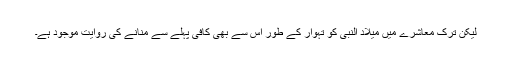
لیکن ترک معاشرے میں میلاد النبی کو تہوار کے طور اس سے بھی کافی پہلے سے منانے کی روایت موجود ہے۔